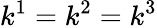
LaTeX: k^{1}=k^{2}=k^{3}